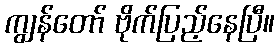
ကျွန်တော် ဗိုက်ပြည့်နေပြီ။